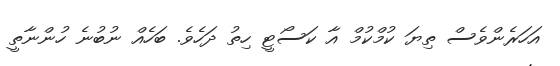
އަހަރެންވެސް ތިޔަ ކުމްކުމް އާ ކަސޯޓީ ހިތު ދަހެވެ. ބަހެއް ނުބުނެ ހުންނާތީ